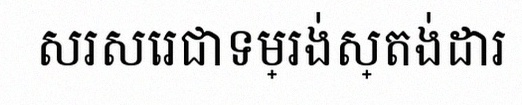
សរសេរជាទម្រង់ស្តង់ដារ